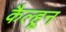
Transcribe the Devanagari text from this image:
कैल्हून